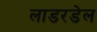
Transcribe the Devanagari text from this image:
लाडरडेल